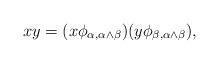
LaTeX: \begin{align*}xy = (x\phi_{\alpha,\alpha \land \beta})(y\phi_{\beta,\alpha\land\beta}),\end{align*}